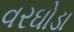
વરઘોડા